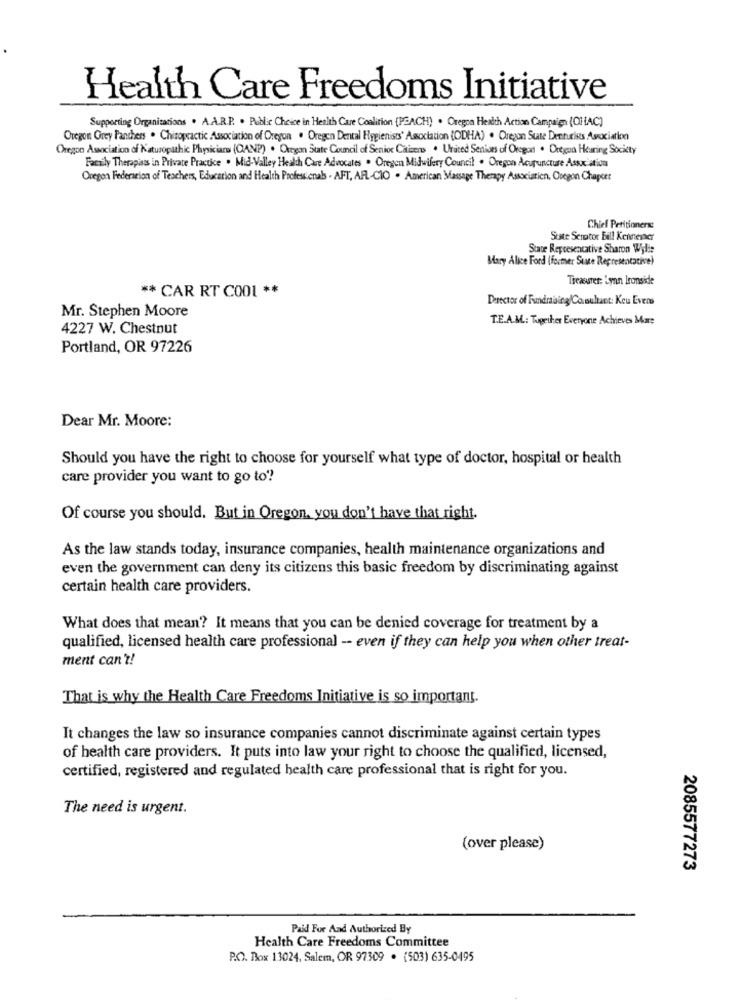
Health Care Freedoms Initiative
Supporting Organizations . A.A.R.P. . Public Choice in Health Care Coalition (PEACH) . Oregon Health Action Campaign (O)AC)
Oregon Orey Panthers . Chiropractic Association of Oregon . Oregon Dental Hygienists' Association (ODHA) . Oregon State Detturis Association
Oregon Association of Naturopathic Physicians (CANP) . Oregon State Council of Senior Citizens . United Seniors of Oregon . Drtaa Haring Society
Factily Therapists in Private Practice . Mid-Valley Health Care Advocates . Oregen Midwifery Council . Oregon Acupuncture Association
Oregon Federation of Teachers, Education and Health Professionals . AFT, AFL-CIO . American Massage Therapy Association, Oregon Chapter
Chief Petitioners:
Suite Senator Eall Keinever
State Representative Sharon Wylie
Mary Alice Ford (former Suite Representative)
Treasurer: Lynn Ironside
** CAR RT C001 **
Director of Fundraising/Consultant: Kou Evens
Mr. Stephen Moore
T.E.A.M .: Tupetter Everyone Achieves Mare
4227 W. Chestnut
Portland, OR 97226
Dear Mr. Moore:
Should you have the right to choose for yourself what type of doctor, hospital or health
care provider you want to go to ??
Of course you should. But in Oregon, you don't have that right.
As the law stands today, insurance companies, health maintenance organizations and
even the government can deny its citizens this basic freedom by discriminating against
certain health care providers.
What does that mean? It means that you can be denied coverage for treatment by a
qualified, licensed health care professional -- even if they can help you when other treat-
ment can't!
That is why the Health Care Freedoms Initiative is so important.
It changes the law so insurance companies cannot discriminate against certain types
of health care providers. It puts into law your right to choose the qualified, licensed,
certified, registered and regulated health care professional that is right for you.
The need is urgent.
(over please)
2085577273
Paid For And Authorized By
Health Care Freedoms Committee
P.O. Box 13024, Salem, OR 97309 . (503) 635-0495